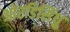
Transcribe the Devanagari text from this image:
ओरडिसिंधु